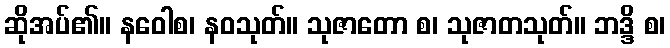
ဆိုအပ်၏။ နဝေါစ၊ နဝသုတ်။ သုဇာတော စ၊ သုဇာတသုတ်။ ဘဒ္ဒိ စ၊